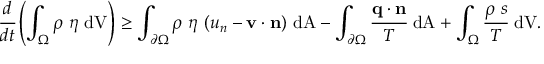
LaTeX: { \cfrac { d } { d t } } \left( \int _ { \Omega } \rho ~ \eta ~ { \mathrm { d V } } \right) \geq \int _ { \partial \Omega } \rho ~ \eta ~ ( u _ { n } - \mathbf { v } \cdot \mathbf { n } ) ~ { \mathrm { d A } } - \int _ { \partial \Omega } { \cfrac { \mathbf { q } \cdot \mathbf { n } } { T } } ~ { \mathrm { d A } } + \int _ { \Omega } { \cfrac { \rho ~ s } { T } } ~ { \mathrm { d V } } .